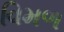
વિમળ